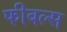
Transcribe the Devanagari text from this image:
फीबल्स